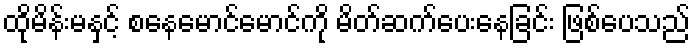
ထိုမိန်းမနှင့် စနေမောင်မောင်ကို မိတ်ဆက်ပေးနေခြင်း ဖြစ်ပေသည်